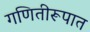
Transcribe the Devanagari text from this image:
गणितीरूपात